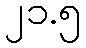
၂၁.၅